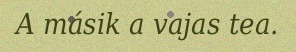
A másik a vajas tea.